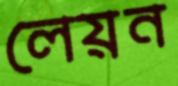
লেয়ন